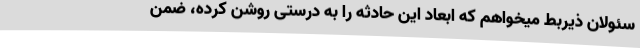
سئولان ذیربط میخواهم که ابعاد این حادثه را به درستی روشن کرده، ضمن